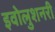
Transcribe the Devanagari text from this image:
इवोलुशनरी